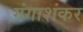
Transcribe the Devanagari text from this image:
गंगाशंकर